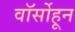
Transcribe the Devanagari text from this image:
वॉर्सोहून